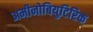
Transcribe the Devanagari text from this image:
अमीनोबियुटिरिक